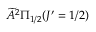
\widetilde { A } ^ { 2 } \Pi _ { 1 / 2 } ( J ^ { \prime } = 1 / 2 )